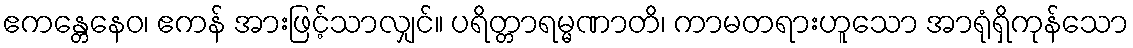
ဧကန္တေနေဝ၊ ဧကန် အားဖြင့်သာလျှင်။ ပရိတ္တာရမ္မဏာတိ၊ ကာမတရားဟူသော အာရုံရှိကုန်သော